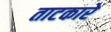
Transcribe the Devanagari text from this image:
ताटकारे